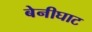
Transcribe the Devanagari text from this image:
बेनीघाट